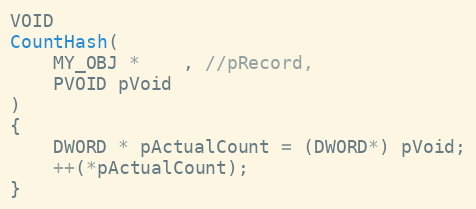
Language: C++
VOID
CountHash(
    MY_OBJ *    , //pRecord,
    PVOID pVoid
)
{
    DWORD * pActualCount = (DWORD*) pVoid;
    ++(*pActualCount);
}